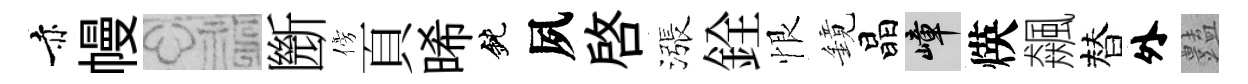
赤幔福㫁傍頁晞鈍夙啓漲銓恨鏡晶嶂煐飆替外𧰟